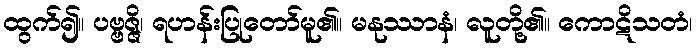
ထွက်၍။ ပဗ္ဗဇ္ဇိ၊ ရဟန်းပြုတော်မူ၏။ မနုဿာနံ၊ လူတို့၏။ ကောဋိသတံ၊